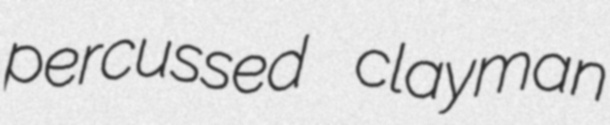
percussed clayman